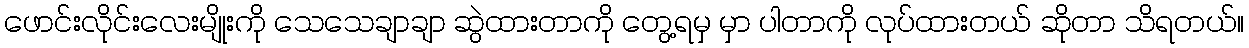
ဖောင်းလိုင်းလေးမျိုးကို သေသေချာချာ ဆွဲထားတာကို တွေ့ရမှ မှာ ပါတာကို လုပ်ထားတယ် ဆိုတာ သိရတယ်။